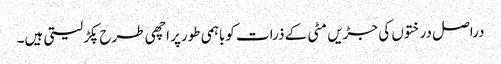
دراصل درختوں کی جڑیں مٹی کے ذرات کوباہمی طورپر اچھی طرح پکڑلیتی ہیں۔